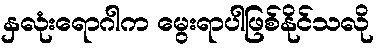
နှလုံးရောဂါက မွေးရာပါဖြစ်နိုင်သလို